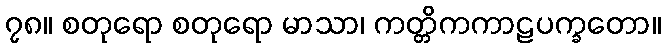
၇၈။ စတုရော စတုရော မာသာ၊ ကတ္တိကကာဠပက္ခတော။